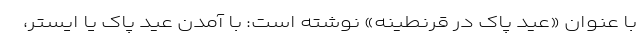
با عنوان «عید پاک در قرنطینه» نوشته است: با آمدن عید پاک یا ایستر،